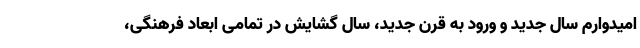
امیدوارم سال جدید و ورود به قرن جدید، سال گشایش در تمامی ابعاد فرهنگی،